Report on horse surra - Volume II, Part II
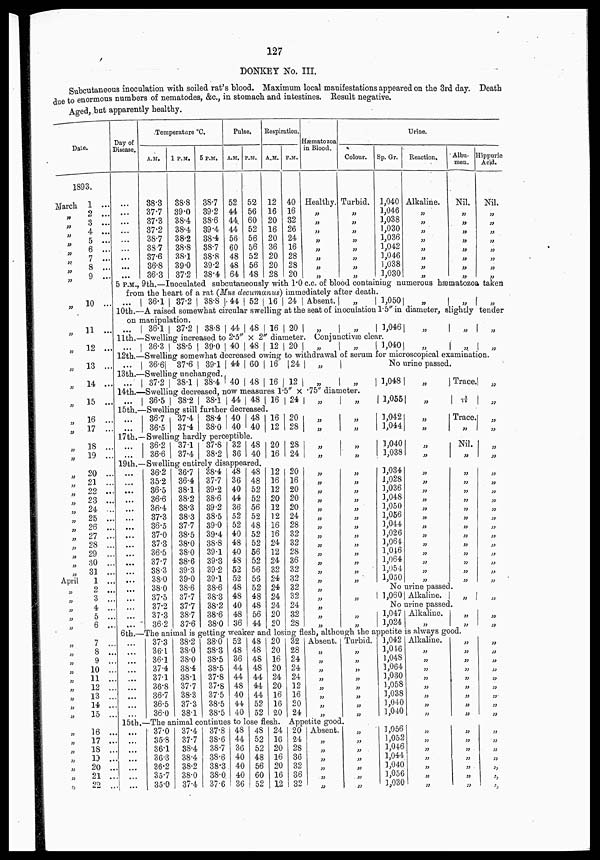
127
DONKEY No. III.
Subcutaneous inoculation with soiled rat's blood. Maximum local manifestations appeared on the 3rd day. Death
due to enormous numbers of nematodes, &c., in stomach and intestines. Result negative.
Aged, but apparently healthy.
Date.
1893.
March
„
„
„
„
„
„
„
„
„
„
„
„
„
„
„
„
„
„
„
„
„
„
„
„
„
„
„
„
„
„
„
April
„
„
„
„
„
„
„
„
„
„
„
„
„
„
„
„
„
„
„
„
„
1 ...
2 ...
3 ...
4 ...
5 ...
6 ...
7 ...
8 ...
9 ...
10 ...
11 ...
12 ..
13 ..
14 ..
15 ..
16 ...
17 ...
18 ...
19 ...
20 ...
21 ...
22 ...
23 ...
24 ...
25 ...
26 ...
27 ...
28 ...
29 ...
30 ...
31 ...
1 ...
2 ...
3 ...
4 ...
5 ...
6 ...
7 ...
8 ...
9 ...
10 ...
11 ...
12 ...
13 ...
14 ...
15 ...
16 ...
17 ...
18 ...
19 ...
20 ...
21 ...
22 ...
Day of
Disease.
...
...
...
...
..
...
...
...
...
Temperature °C.
A.M.
38.3
37.7
37.3
37.2
38.7
38.7
37.6
36.8
36.3
1 P.M.
38.8
39.0
38.4
38.4
38.2
38.8
38.1
39.0
37.2
5 P.M.
38.7
39.2
38.6
39.4
38.4
38.7
38.8
39.2
38.4
Pulse.
A.M.
52
44
44
44
56
60
48
48
64
P.M.
52
56
60
52
56
56
52
56
48
Respiration.
A.M.
12
16
20
16
20
36
20
20
28
P.M.
40
16
32
26
24
16
28
28
20
Hæmatozoa
in Blood.
Healthy.
„
„
„
„
„
„
„
„
Urine.
Colour.
Turbid.
„
„
„
„
„
„
„
„
Sp. Gr.
1,040
1,046
1,038
1,030
1,036
1,042
],046
1,038
1,030
Reaction,
Alkaline.
„
„
„
„
„
„
„
„
Albu-
men.
Nil.
„
„
„
„
„
„
„
„
Hippuric
Acid.
Nil.
„
„
„
„
„
„
„
„
5 P.M., 9th.—Inoculated subcutaneously with 1.0 c.c. of blood containing numerous hæmatozoa taken
from the heart of a rat (Mus decumanus) immediately after death.
36.1 37.2 38.8 44 52 16 24 Absent. „
1,050 „
„
„
10th.—A raised somewhat circular swelling at the seat of inoculation 1.5" in diameter, slightly tender
on manipulation.
...
36.1 37.2 38.8 44 48 16 20 „
„
3,046 „
„
11th.—Swelling increased to 2.5" × 2" diameter. Conjunctivæ clear.
...
36.3 38.5 39.0 40 48 12 20 „
„
1,040
„
„
„
„
12th.—Swelling somewhat decreased owing to withdrawal of serum for microscopical examination.
...
36.6 37.6
39.1 44 60 16 24 „
„
13th.—Swelling unchanged.,
...
37.2 38.1 38.4 40 48 16 12
„
„
14th.—Swelling decreased, now measures 1.5" × .75" diameter.
...
36.5
38.2 38.1 44 48 16 24
„
„
15th.—Swelling still further decreased.
...
...
36.7
36.5
37.4
37.4
38.4
38.0
40
40
48
40
16
12
20
28
„
„
„
„
No urine passed.
1,048 „
Trace
1,055
„
1/14
1,042
1,044
„
„
Trace
„
„
„
„
„
17th.—Swelling hardly perceptible.
...
...
36.2
36.6
37.1
37.4
37.8
38.2
32
36
48
40
20
16
28
24
„
„
„
„
1,040
1,038
„
„
Nil.
„
„
„
19th.—Swelling entirely disappeared.
...
...
....
...
...
...
...
...
...
...
....
...
...
...
...
...
...
...
36.2
35.2
36.5
36.6
36.4
37.3
36.5
37.0
37.3
36.5
37.7
38.3
38.0
38.0
37.5
37.2
37.3
36.2
36.7
36.4
38.1
38.2
38.3
38.3
37.7
38.5
38.0
38.0
38.6
39.3
39.0
38.6
37.7
37.7
38.7
37.6
38.4
37.7
39.2
38.6
39.2
38.5
39.0
39.4
38.8
39.1
39.3
39.2
39.1
38.6
38.3
38.2
38.6
38.0
48
36
40
44
36
52
52
40
48
40
48
52
52
48
48
40
48
36
48
48
52
52
56
52
48
52
52
56
52
56
56
52
48
48
56
44
12
16
12
20
12
12
16
16
24
12
24
32
24
24
24
24
20
20
20
16
20
20
20
24
28
32
32
28
36
32
32
32
32
24
32
28
„
„
„
„
„
„
„
„
„
„
„
„
„
„
„
„
„
„
„
„
„
„
„
„
„
„
„
„
„
„
„
„
„
„
1,034
1,028
3,036
3,048
3,050
1,056
3,044
3,026
3,064
1,046
1,064
3,054
1,050
„
„
„
„
„
„
„
„
„
„
„
„
„
„
„
„
„
„
„
„
„
„
„
„
„
„
No urine passed.
1,060 Alkaline. „
No urine passed.
1,047
1,024
Alkaline.
„
„
„
„
„
„
„
„
„
„
„
„
„
„
„
„
„
„
„
6th.—The animal is getting weaker and losing flesh, although the appetite is always good.
...
...
...
...
...
...
...
...
...
37.3
36.1
36.1
37.4
37.1
36.8
36.7
36.5
36.0
38.2
38.0
38.0
38.4
38.1
37.7
38.3
37.3
38.1
38.0
38.3
38.5
38.5
37.8
37.8
37.5
38.5
38.5
52
48
36
44
44
48
40
44
40
48
48
48
48
44
44
44
52
52
20
20
16
20
24
20
16
16
20
32
28
24
24
24
12
16
20
24
Absent.
„
„
„
„
„
„
„
„
Turbid.
„
„
„
„
„
„
„
„
15th.—The animal continues to lose flesh. Appetite good.
...
...
...
...
...
...
...
37.0
35.8
36.1
36.3
36.2
35.7
35.0
37.4
37.7
38.4
38.4
38.2
38.0
37.4
37.8
38.6
38.7
38.6
38.3
38.0
37.6
48
44
36
40
40
40
36
48
52
52
47
56
60
52
24
16
20
16
20
16
12
20
24
28
36
32
36
32
Absent
„
„
„
„
„
„
„
„
„
„
„
„
„
3,042
3,046
1,048
1,064
3,030
3,058
1,038
3,040
1,040
Alkaline.
„
„
„
„
„
„
„
„
„
„
„
„
„
„
„
„
„
3,056
1,052
3,046
3,044
3,040
3,056
3,030
„
„
„
„
„
„
„
„
„
„
„
„
„
„
„
„
„
„
„
„
„
„
„
„
„
„
„
„
„
„